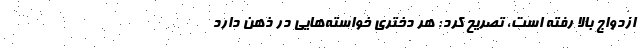
ازدواج بالا رفته است، تصریح کرد: هر دختری خواسته‌هایی در ذهن دارد